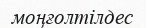
моңғолтілдес